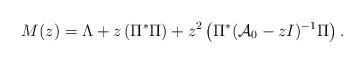
LaTeX: \begin{align*} M(z) = \Lambda + z \left(\Pi^* \Pi \right) + z^2 \left(\Pi^* (\mathcal{A}_0 - zI)^{-1} \Pi \right).\end{align*}